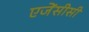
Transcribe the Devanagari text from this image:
एजेंसीसी